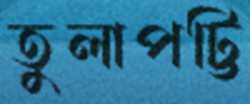
তুলাপট্টি